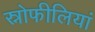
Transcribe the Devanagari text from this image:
स्नोफीलियां